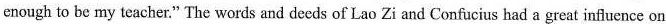
enough to be my teacher." The words and deeds of Lao Zi and Confucius had a great influence on